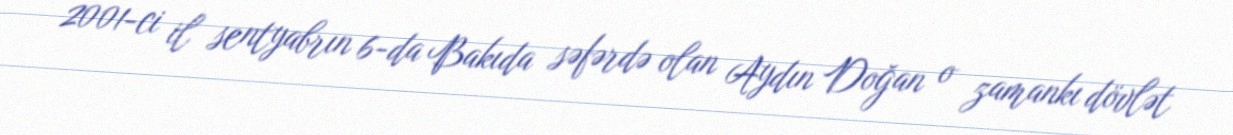
2001-ci il sentyabrın 6-da Bakıda səfərdə olan Aydın Doğan o zamankı dövlət